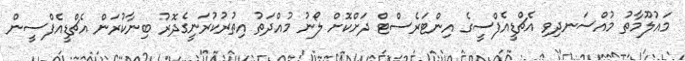
މައުލޫމާތު މުއްސަނދިވި އެޗްޑީއެފްސީގެ އިންޓަރެސްޓް ދަށްކޮށް ލޯނު މުއްދަތު އިތުރުކުރަނީގެދޮރު ބިނާކުރަން އެޗްޑީއެފްސީން